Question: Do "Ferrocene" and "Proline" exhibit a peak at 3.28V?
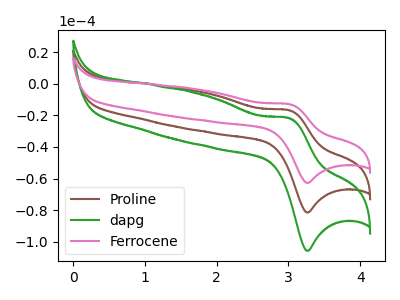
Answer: <think>The brown curve "Proline" has an anodic peak at (3.00V, -16.80uA) and a cathodic peak at (3.30V, -81.45uA). The green curve "dapg" has an anodic peak at (3.00V, -33.60uA) and a cathodic peak at (3.30V, -162.95uA). The pink curve "Ferrocene" has an anodic peak at (3.00V, -12.95uA) and a cathodic peak at (3.30V, -62.80uA).</think>
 <answer>Yes, "Ferrocene" and "Proline" share a peak at 3.28V.</answer>
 <eval>match</eval>